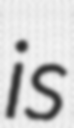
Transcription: is